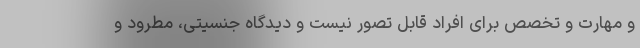
و مهارت و تخصص برای افراد قابل تصور نیست و دیدگاه جنسیتی، مطرود و